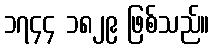
၁၇၄၄ ၁၈၂၉ ဖြစ်သည်။